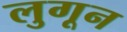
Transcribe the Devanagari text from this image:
लुगून